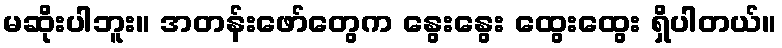
မဆိုးပါဘူး။ အတန်းဖော်တွေက နွေးနွေး ထွေးထွေး ရှိပါတယ်။